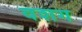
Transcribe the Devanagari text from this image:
वशग